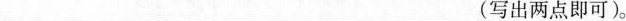
___(写出两点即可)。